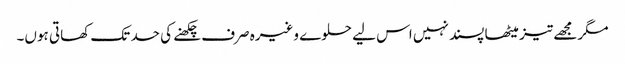
مگر مجھے تیز میٹھا پسند نہیں اس لیے حلوے وغیرہ صرف چکھنے کی حد تک کھاتی ہوں۔